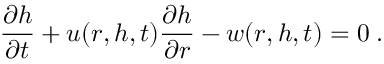
\frac { \partial h } { \partial t } + u ( r , h , t ) \frac { \partial h } { \partial r } - w ( r , h , t ) = 0 \; .